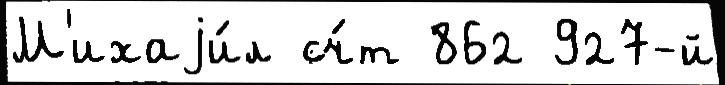
М'ихаjи́л сч́т 862 927-й